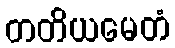
တတိယမေတံ